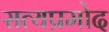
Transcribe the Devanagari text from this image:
सत्यप्रमोद